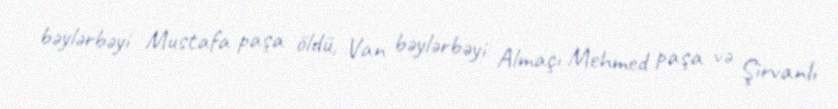
bəylərbəyi Mustafa paşa öldü, Van bəylərbəyi Almaçı Mehmed paşa və Şirvanlı